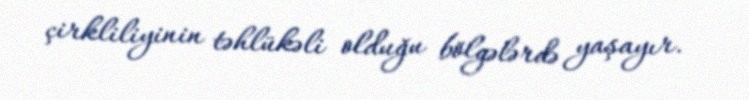
çirkliliyinin təhlükəli olduğu bölgələrdə yaşayır.